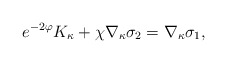
\begin{align*}e^{-2\varphi} K_\kappa + \chi \nabla_\kappa\sigma_2 = \nabla_\kappa \sigma_1 ,\end{align*}